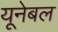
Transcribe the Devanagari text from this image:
यूनेबल